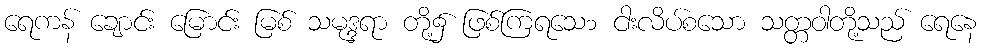
ရေကန် ချောင်း မြောင်း မြစ် သမုဒ္ဒရာ တို့၌ ဖြစ်ကြရသေ၁ ငါးလိပ်စသော သတ္တဝါတို့သည် ရေနေ